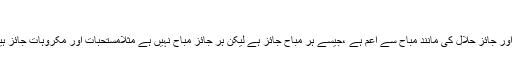
اباحہ اور جواز
جواز منع کی ضد ہے اور جائز حلال کی مانند مباح سے اعم ہے ،جیسے ہر مباح جائز ہے لیکن ہر جائز مباح نہیں ہے مثلامستحبات اور مکروہات جائز ہیں لیکن مباح نہیں ہیں ۔